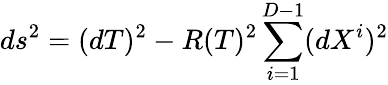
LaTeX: ds^{2}=(dT)^{2}-R(T)^{2}\sum_{i=1}^{D-1}(dX^{i})^{2}